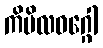
ကိမိလဝဂ္ဂေါ